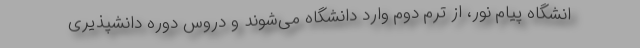
انشگاه پیام نور، از ترم دوم وارد دانشگاه می‌شوند و دروس دوره دانشپذیری